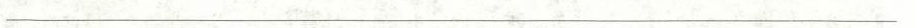
_________________________________